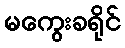
မကွေးခရိုင်